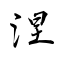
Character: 涅